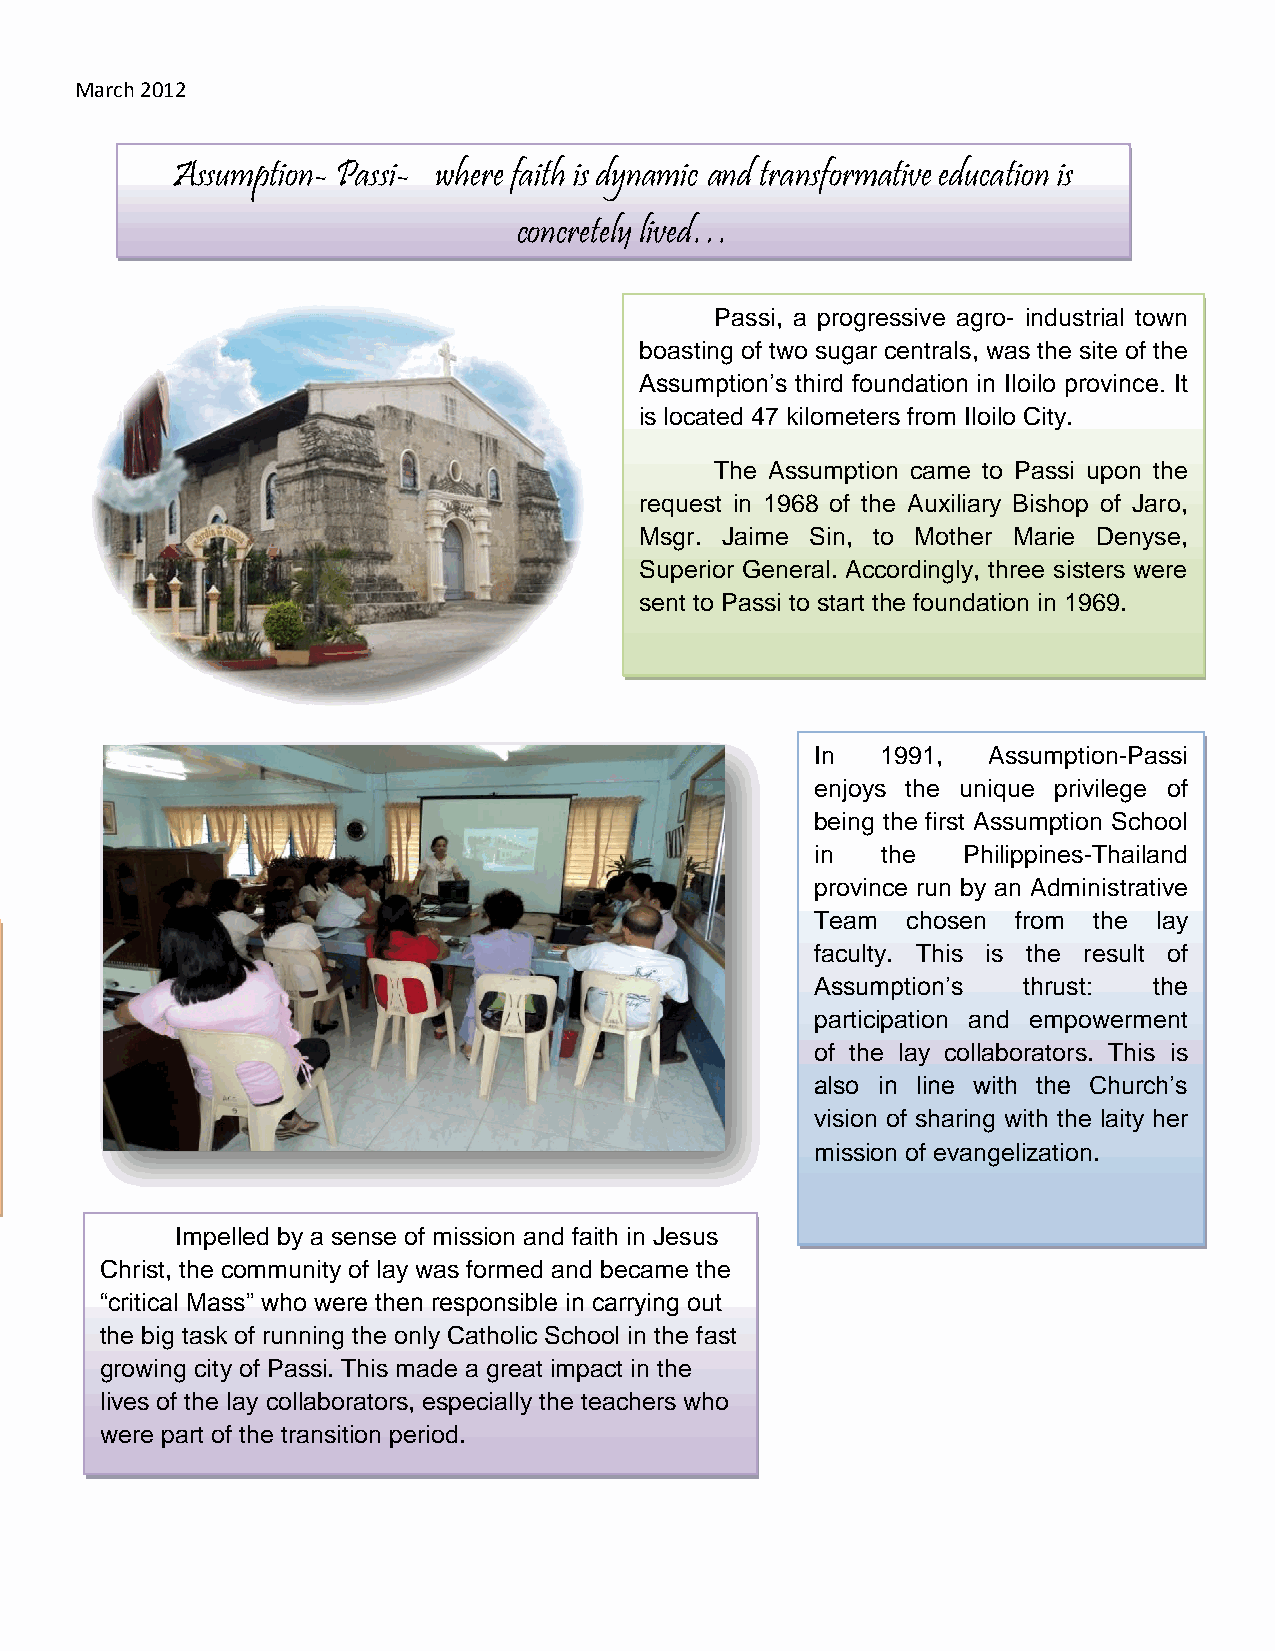
March 2012
 Assumption- Passi- where faith is dynamic and transformative education is
 concretely lived…
 Passi, a progressive agro- industrial town
 boasting of two sugar centrals, was the site of the
 Assumption’s third foundation in Iloilo province. It
 is located 47 kilometers from Iloilo City.
 The Assumption came to Passi upon the
 request in 1968 of the Auxiliary Bishop of Jaro,
 Msgr. Jaime Sin, to Mother Marie Denyse,
 Superior General. Accordingly, three sisters were
 sent to Passi to start the foundation in 1969.
 In  1991,  Assumption-Passi
 enjoys the unique privilege of
 being the first Assumption School
 in  the   Philippines-Thailand
 province run by an Administrative
 Team  chosen from the  lay
 Aside from running a school, the
 faculty. This is the result of
 sisters also helped in the parish activities:
 Assumption’s  thrust: the
 teaching catechism in the Public
 participation and empowerment
 Elementary and High Schools, home
 of the lay collaborators. This is
 visitations, visits to the barrios, animation
 also in line with the Church’s
 of the liturgy, and youth development
 vision of sharing with the laity her
 programs. Until 1990, they were in-
 mission of evangelization.
 charge of the formation of the catechists.
 Impelled by a sense of mission and faith in Jesus
 Christ, the community of lay was formed and became the
 “critical Mass” who were then responsible in carrying out
 the big task of running the only Catholic School in the fast
 growing city of Passi. This made a great impact in the
 lives of the lay collaborators, especially the teachers who
 were part of the transition period.